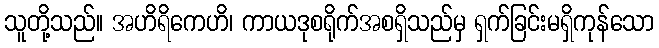
သူတို့သည်။ အဟိရိကေဟိ၊ ကာယဒုစရိုက်အစရှိသည်မှ ရှက်ခြင်းမရှိကုန်သော